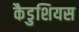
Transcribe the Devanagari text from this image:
कैडुशियस